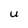
Character: U